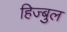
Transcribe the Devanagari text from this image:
हिज्बुल